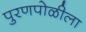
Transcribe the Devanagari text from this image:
पुरणपोळीला